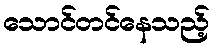
သောင်တင်နေသည့်